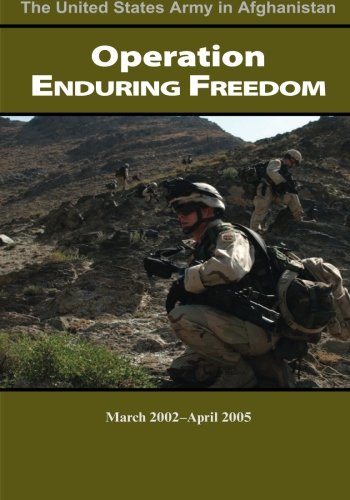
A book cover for Operation Enduring Freedom March 2002-April 2005 (The United States Army in Afghanistan); United States Department of the Army; History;